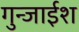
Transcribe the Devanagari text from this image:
गुन्जाईश